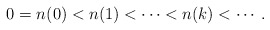
\begin{align*} 0= n(0) < n(1) < \dots < n(k) < \cdots .\end{align*}